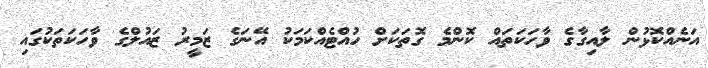
އަނެއްކޮޅުން ލާއިގާގެ ވާހަކަތައް ކޮންމެ ގޮތަކަށް ހުއްޓެއްކަމަކު އޭނަގެ ޒަމީރު ޒައުލްގެ ވާހަކަތަކުގައި